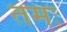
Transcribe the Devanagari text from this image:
तमः